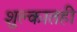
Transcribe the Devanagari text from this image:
शुल्कातही